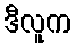
ဒီလူက